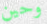
وحين